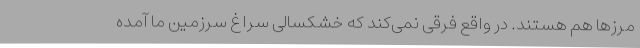
مرزها هم هستند. در واقع فرقی نمی‌کند که خشکسالی سراغ سرزمین ما آمده